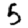
Digit: 5